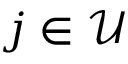
j \in \mathcal { U }